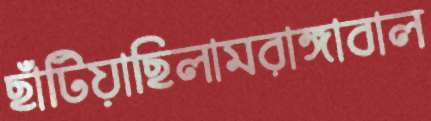
ছাঁটিয়াছিলামরাঙ্গাবাল